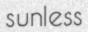
sunless